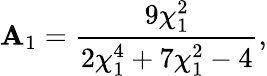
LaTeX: \mathbf{A}_{1}=\frac{{9\chi_{1}^{2}}}{{2\chi_{1}^{4}+7\chi_{1}^{2}-4}},